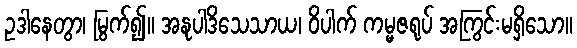
ဥဒါနေတွာ၊ မြွက်၍။ အနုပါဒိသေသာယ၊ ဝိပါက် ကမ္မဇရုပ် အကြွင်းမရှိသော။